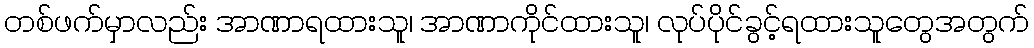
တစ်ဖက်မှာလည်း အာဏာရထားသူ၊ အာဏာကိုင်ထားသူ၊ လုပ်ပိုင်ခွင့်ရထားသူတွေအတွက်